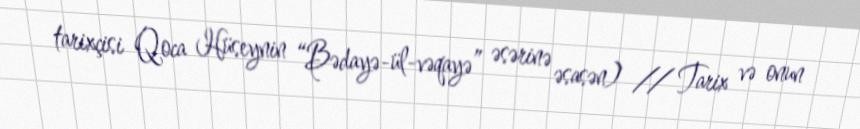
tarixçisi Qoca Hüseynin “Bədayə-ül-vəqayə” əsərinə əsasən) // Tarix və onun